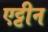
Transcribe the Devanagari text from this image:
एट्टीन